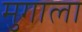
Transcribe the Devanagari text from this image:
मुगाला